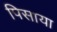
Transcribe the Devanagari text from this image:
पिसाया